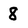
Character: 8